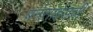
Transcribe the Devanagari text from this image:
बर्नसाईडची